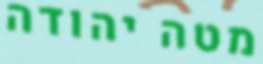
מטה יהודה